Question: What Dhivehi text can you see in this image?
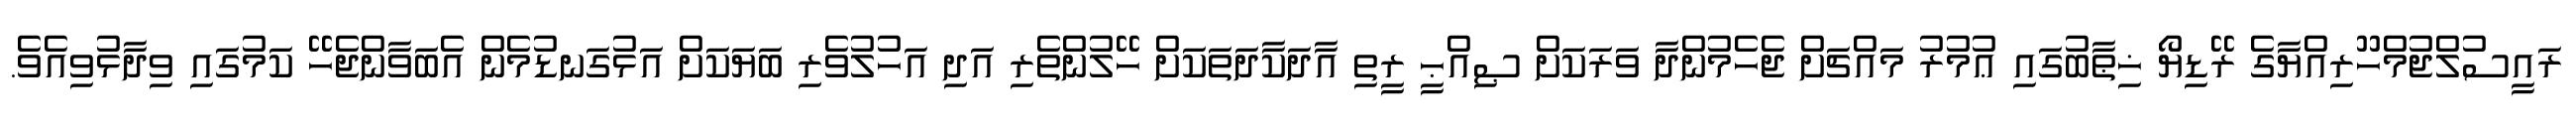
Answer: ރައީސުލްޖުމްހޫރިއްޔާގެ ރޭޑިޔޯ ޚިޠާބުގައި ޢުމުރު މައްޗަށް ޖެހެމުންދާ ވަރަކަށް ޞިއްޙީ ރީތި އާދަކާދަތަކަށް ހޭލުންތެރި އަދި އަހުލުވެރި ބަޔަކަށް އަޅުގަނޑުމެން އެބަވާންޖެހޭ ކަމުގައި ވިދާޅުވިއެވެ.